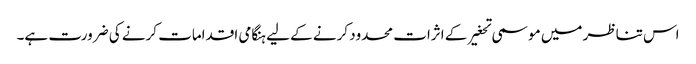
اس تناظر میں موسمی تحغیر کے اثرات محدود کرنے کے لیے ہنگامی اقدامات کرنے کی ضرورت ہے۔